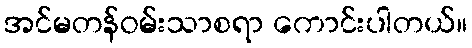
အင်မတန်ဝမ်းသာစရာ ကောင်းပါတယ်။